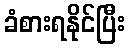
ခံစားရနိုင်ပြီး